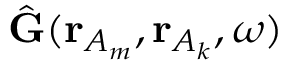
\hat { \mathbf { G } } ( \mathbf { r } _ { A _ { m } } , \mathbf { r } _ { A _ { k } } , \omega )